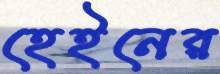
হেইনের